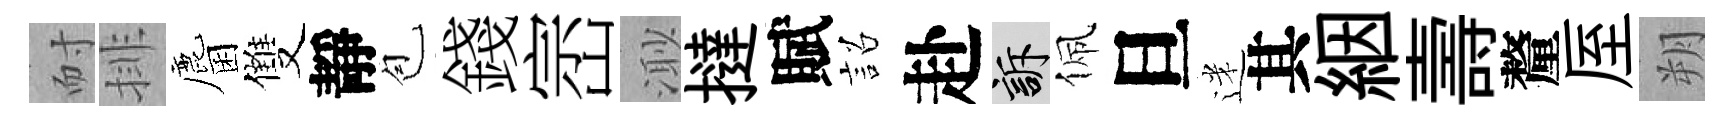
耐排麕雙靜苞錢崈𣺌撻賦詔赴訴佩旦迷其絪壽釐厔朔